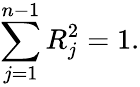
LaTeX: \sum_{j=1}^{n-1}R_{j}^{2}=1.